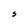
Character: S